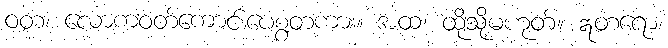
ဝတ၊ လောကဝတ်ကောင်းပေစွတကား။ အထ၊ ထိုသို့မဟုတ်။ ဣတရော၊